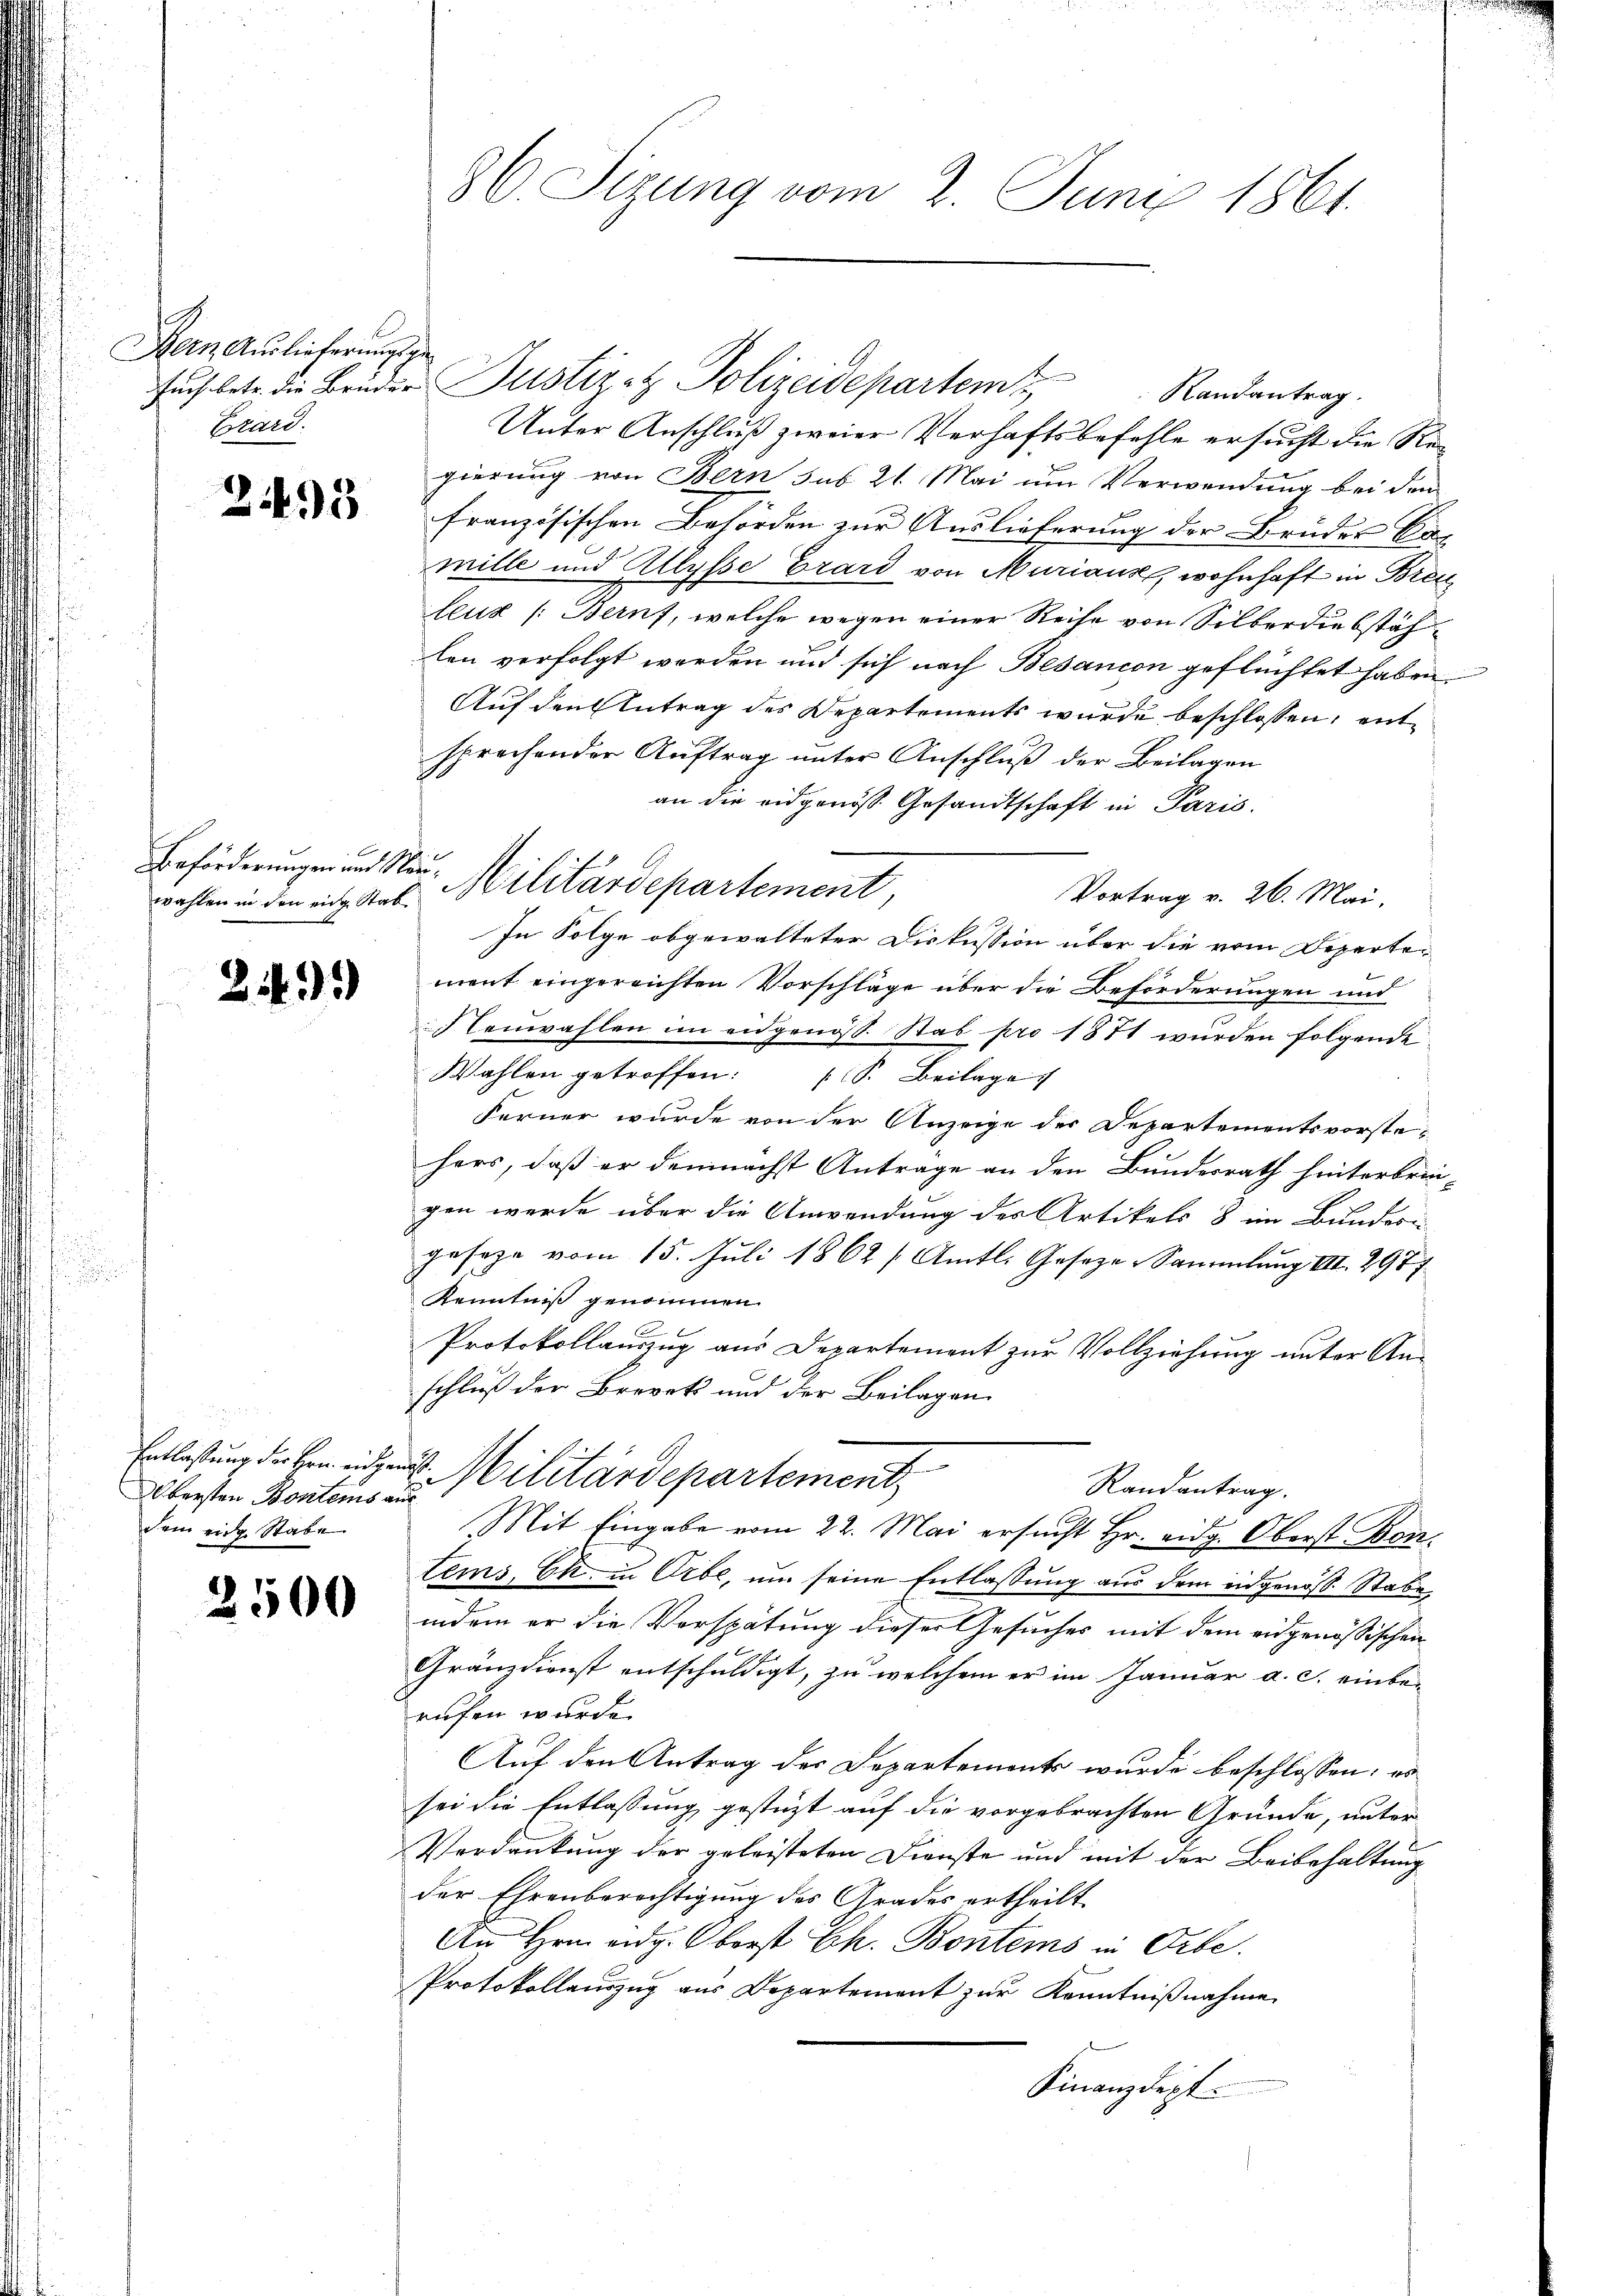
Hern Auslieferungsge
Brard.

293

wahlen in den eine Stab

2.)

Obersten Bontens aus
dem eidg. Stabe

2500

86. Sizung vom 2. Juni 1861.

Randantrag.
Unter Anschluß zweier Verhaftsbefehle ersucht die Regierung von Bern sub 21. Mai um Verwendung bei den
französischen Behörden zur Auslieferung der Brüder Bemille und Allysse Grard von Murians, wohnhaft in Bren
leux (Bernf, welche wegen einer Reihe von Silberdiebstählen verfolgt werden und sich nach Besancen geflüchtet haben.
Auf den Antrag des Departements wurde beschlossen, entsprechender Auftrag unter Anschluß der Beilagen
an die eidgenoß Gesandtschaft in Paris.
Vortrag v. 26. Mai.
In Folge obgewalteter Diskussion über die vom Departement eingereichten Vorschläge über die Beförderungen und
enwahlen im eidgenöss. Stab pro 1871 wurden folgende
Wahlen getroffen: S. Beilage
Ferner wurde von der Anzeige der Departementsvorstehers, daß er demnächst Antrage an den Bundesrath hinterbringen werde über die Anwendung des Artikels 8 im Bunderi
gesage vom 15. Juli 1862 /Amtl. Geseze Sammlung III. 2987
Kenntniß genommen.
Protokollauszug aus Departement zur Vollziehung unter Anschluß der Brevet und der Beilagen
Entlassungen Militärdepartement,
Randantrag.
Mit Eingabe vom 22. Mai ersucht Hr. eidg. Oberst Bentems, Ek. in Erbe, um seine Entlassung aus dem eidgenöss. Stabe
indem er die Vorspätung dieser Gesuches mit dem eidgenössischen
Gränzdienst entschuldigt, zu welchem er im Januar a. c. einbe-
rufen wurde.
Auf den Antrag der Departements wurde beschlossen; es
sei die Entlassung gestüzt auf die vorgebrachten Gründe, unter
Verdankung der geleisteten Dienste und mit der Beibehaltung
der Ehrenberechtigung des Grades ertheilt
An Hrn. eidg. Oberst Ch. Bontems in Orte.
Protokollauszug aus Departement zur Kenntnißnahme.
Finanzdept.

such betr. die Brüder Justiz- & Polizeidepartemt

Beförderungen und Nur Militärdepartement